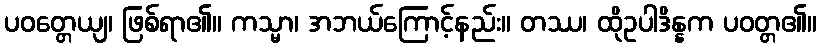
ပဝတ္တေယျ၊ ဖြစ်ရာ၏။ ကသ္မာ၊ အဘယ်ကြောင့်နည်း။ တဿ၊ ထိုဥပါဒိန္နက ပဝတ္တ၏။